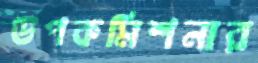
উপকমিশনার